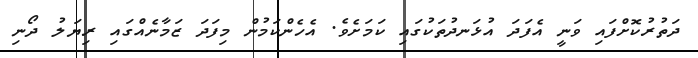
ދަތުރުކޮށްފައި ވަނީ އެފަދަ އުޅަނދުތަކުގައި ކަމަށެވެ. އެހެންކަމުން މިފަދަ ޒަމާނެއްގައި ރިޔަލު ދޯނި